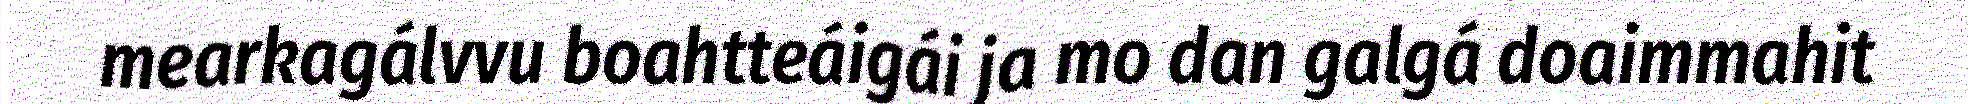
mearkagálvvu boahtteáigái ja mo dan galgá doaimmahit